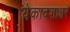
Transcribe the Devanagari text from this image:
येकादशाक्षरे